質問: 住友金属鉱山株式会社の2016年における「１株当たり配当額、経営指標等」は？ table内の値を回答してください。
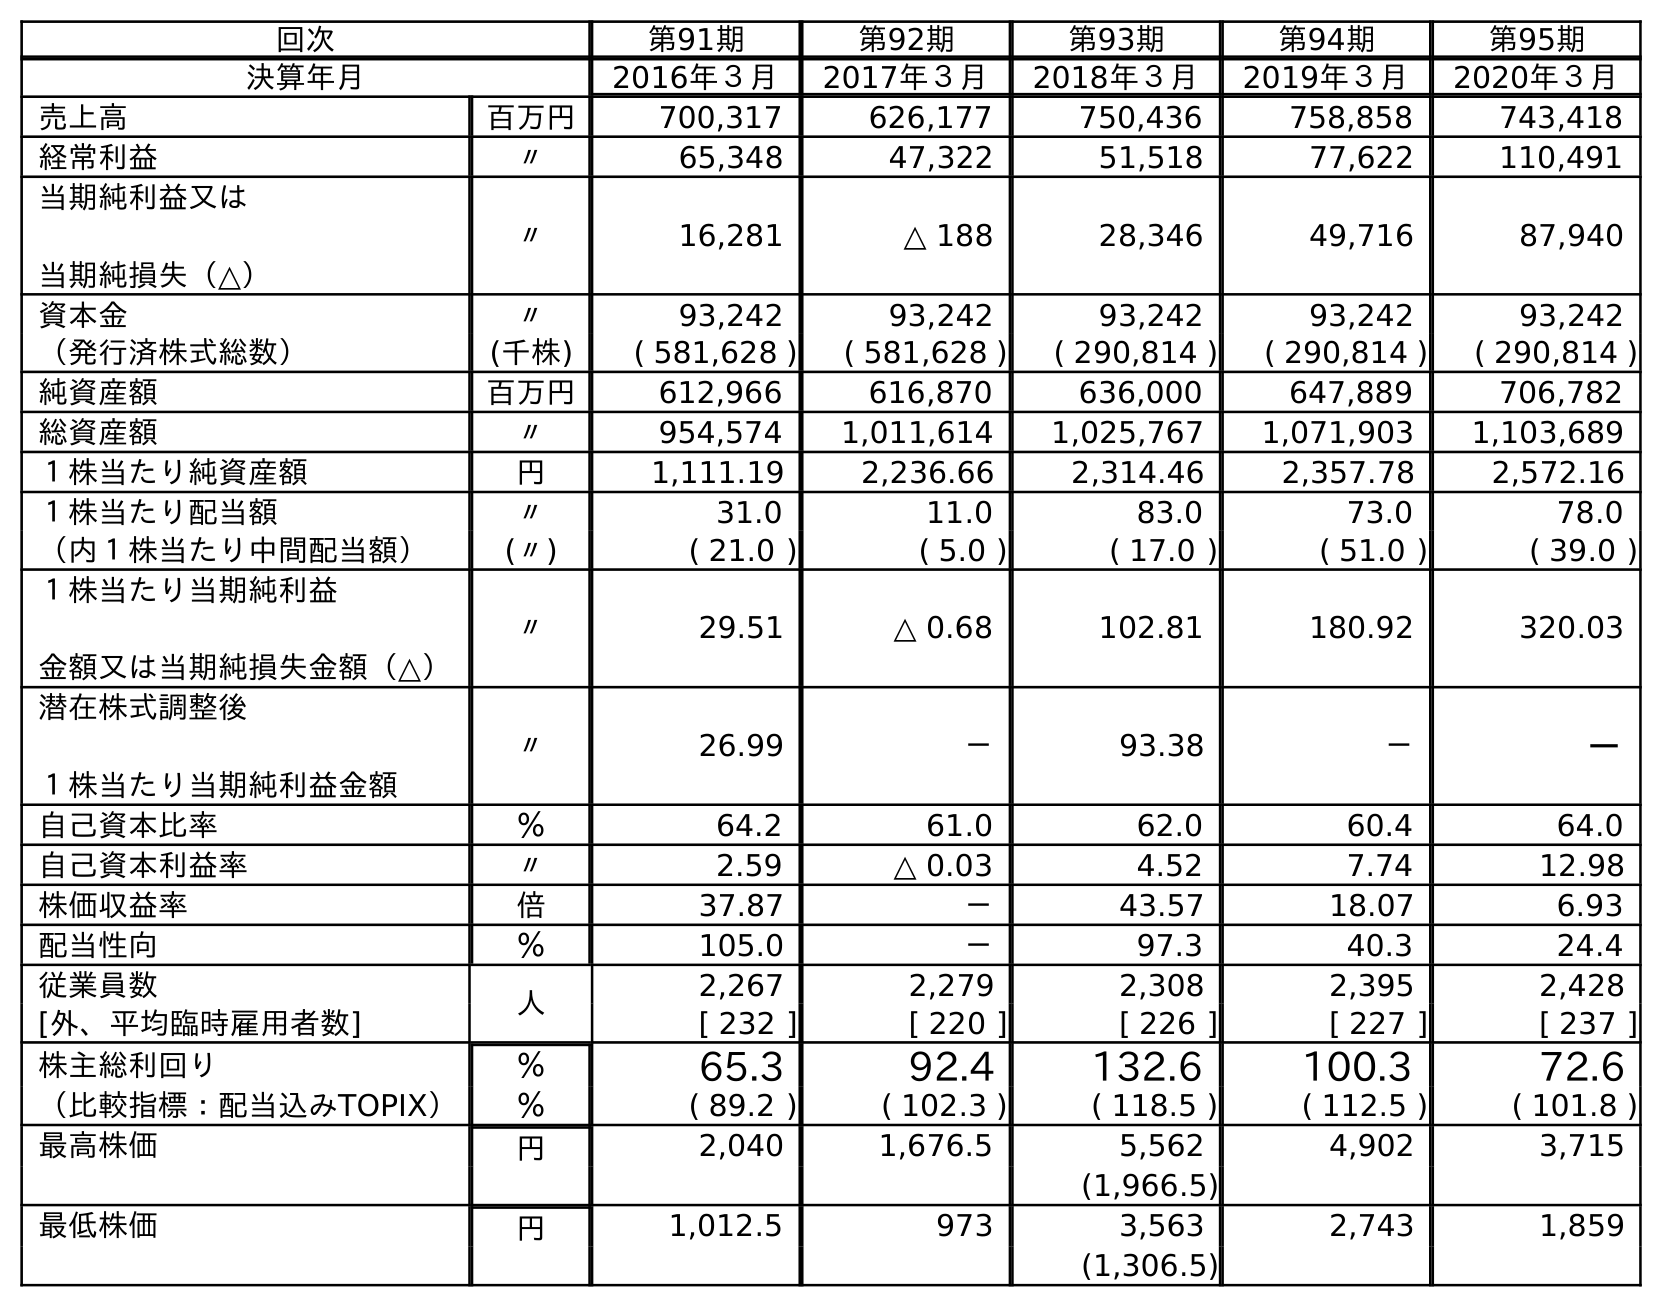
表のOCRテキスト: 回次 第91期 第92期 第93期 第94期 第95期 決算年月 2016年３月 2017年３月 2018年３月 2019年３月 2020年３月 売上高 百万円 700,317 626,177 750,436 758,858 743,418 経常利益 〃 65,348 47,322 51,518 77,622 110,491 当期純利益又は 当期純損失（△） 〃 16,281 △ 188 28,346 49,716 87,940 資本金 〃 93,242 93,242 93,242 93,242 93,242 （発行済株式総数） (千株) ( 581,628 ) ( 581,628 ) ( 290,814 ) ( 290,814 ) ( 290,814 ) 純資産額 百万円 612,966 616,870 636,000 647,889 706,782 総資産額 〃 954,574 1,011,614 1,025,767 1,071,903 1,103,689 １株当たり純資産額 円 1,111.19 2,236.66 2,314.46 2,357.78 2,572.16 １株当たり配当額 〃 31.0 11.0 83.0 73.0 78.0 （内１株当たり中間配当額） (〃) ( 21.0 ) ( 5.0 ) ( 17.0 ) ( 51.0 ) ( 39.0 ) １株当たり当期純利益 金額又は当期純損失金額（△） 〃 29.51 △ 0.68 102.81 180.92 320.03 潜在株式調整後 １株当たり当期純利益金額 〃 26.99 － 93.38 － － 自己資本比率 ％ 64.2 61.0 62.0 60.4 64.0 自己資本利益率 〃 2.59 △ 0.03 4.52 7.74 12.98 株価収益率 倍 37.87 － 43.57 18.07 6.93 配当性向 ％ 105.0 － 97.3 40.3 24.4 従業員数 人 2,267 2,279 2,308 2,395 2,428 [外、平均臨時雇用者数] [ 232 ] [ 220 ] [ 226 ] [ 227 ] [ 237 ] 株主総利回り ％ 65.3 92.4 132.6 100.3 72.6 （比較指標：配当込みTOPIX） ％ ( 89.2 ) ( 102.3 ) ( 118.5 ) ( 112.5 ) ( 101.8 ) 最高株価 円 2,040 1,676.5 5,562 4,902 3,715 (1,966.5) 最低株価 円 1,012.5 973 3,563 2,743 1,859 (1,306.5)
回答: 31.0